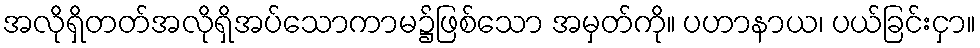
အလိုရှိတတ်အလိုရှိအပ်သောကာမ၌ဖြစ်သော အမှတ်ကို။ ပဟာနာယ၊ ပယ်ခြင်းငှာ။